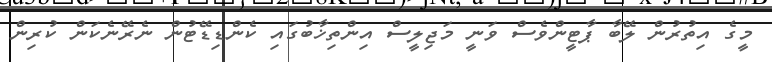
މީގެ އިތުރުން ލޭބާ ޕާޓީންވެސް ވަނީ މަޖިލީސް އިންތިޚާބުގައި ކެންޑިޑޭޓުން ނެރޭނެކަން ކުރިން